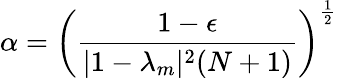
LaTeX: \alpha=\left(\frac{1-\epsilon}{|1-\lambda_{m}|^{2}(N+1)}\right)^{\frac{1}{2}}